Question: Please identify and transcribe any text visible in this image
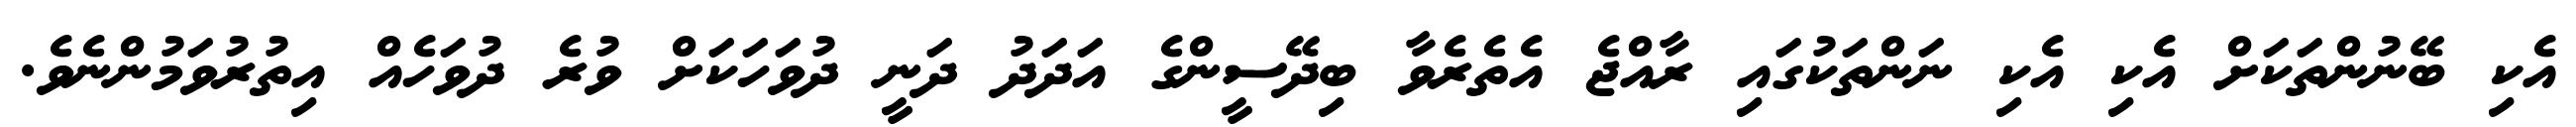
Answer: އެކި ބޭނުންތަކަށް އެކި އެކި ނަންތަކުގައި ރާއްޖެ އެތެރެވާ ބިދޭސީންގެ އަދަދު ދަނީ ދުވަހަކަށް ވުރެ ދުވަހެއް އިތުރުވަމުންނެވެ.